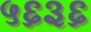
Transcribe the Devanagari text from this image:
५६३६